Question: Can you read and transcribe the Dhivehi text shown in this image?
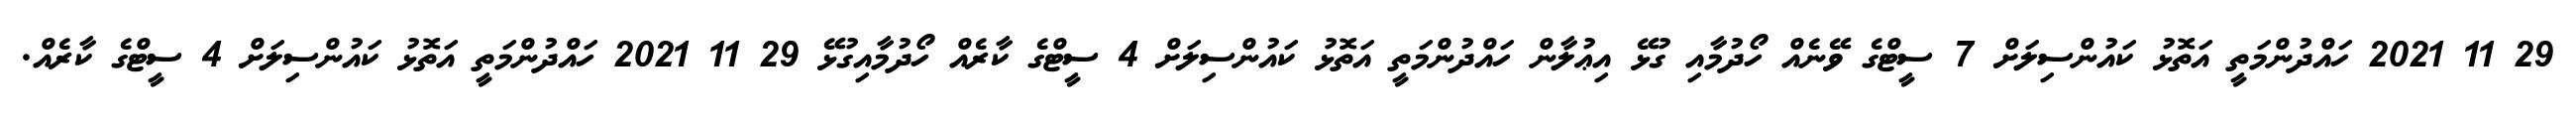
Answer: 29 11 2021 ހައްދުންމަތީ އަތޮޅު ކައުންސިލަށް 7 ސީޓްގެ ވޭނެއް ހޯދުމާއި ގުޅޭ އިޢުލާން ހައްދުންމަތީ އަތޮޅު ކައުންސިލަށް 4 ސީޓްގެ ކާރެއް ހޯދުމާއިގުޅޭ 29 11 2021 ހައްދުންމަތީ އަތޮޅު ކައުންސިލަށް 4 ސީޓްގެ ކާރެއް.